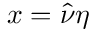
x = \hat { \nu } \eta